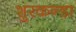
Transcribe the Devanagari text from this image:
शुरकन्डा